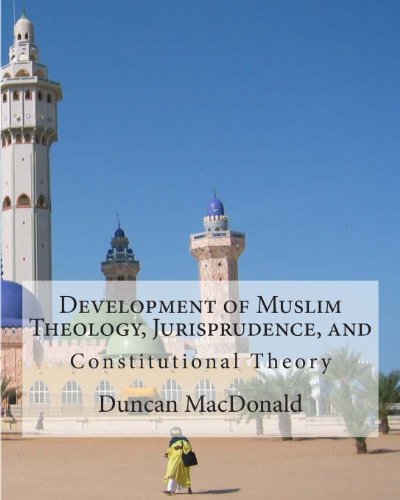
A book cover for Development of Muslim Theology, Jurisprudence, and Constitutional Theory; Duncan B. MacDonald; Religion & Spirituality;